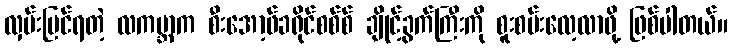
လှမ်းမြင်ရတဲ့ လကမ္ဘာက စီးအော့ဖ်ခရိုင်စစ်စ် ချိုင့်ခွက်ကြီးကို စူးစမ်းလေ့လာဖို့ ဖြစ်ပါတယ်။